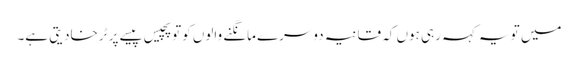
میں تو یہ کہہ رہی ہوں کہ قانیہ دوسرے مانگنے والوں کوتو پچیس پیسے پر ٹرخادیتی ہے۔